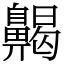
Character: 齃